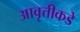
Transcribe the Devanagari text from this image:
आवृत्तीकडे